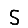
Digit: 5